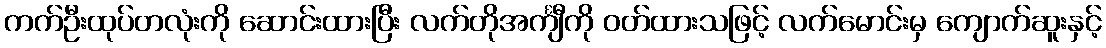
ကက်ဦးထုပ်တလုံးကို ဆောင်းထားပြီး လက်တိုအင်္ကျီကို ဝတ်ထားသဖြင့် လက်မောင်းမှ ကျောက်ဆူးနှင့်